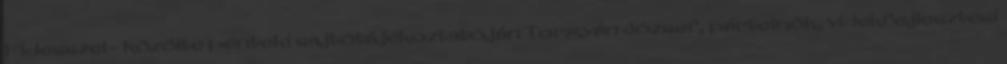
Fidesszel - közölte pénteki sajtótájékoztatóján Torgyán József, pártelnök, vidékfejlesztési